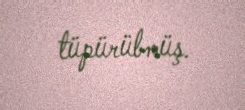
tüpürübmüş.